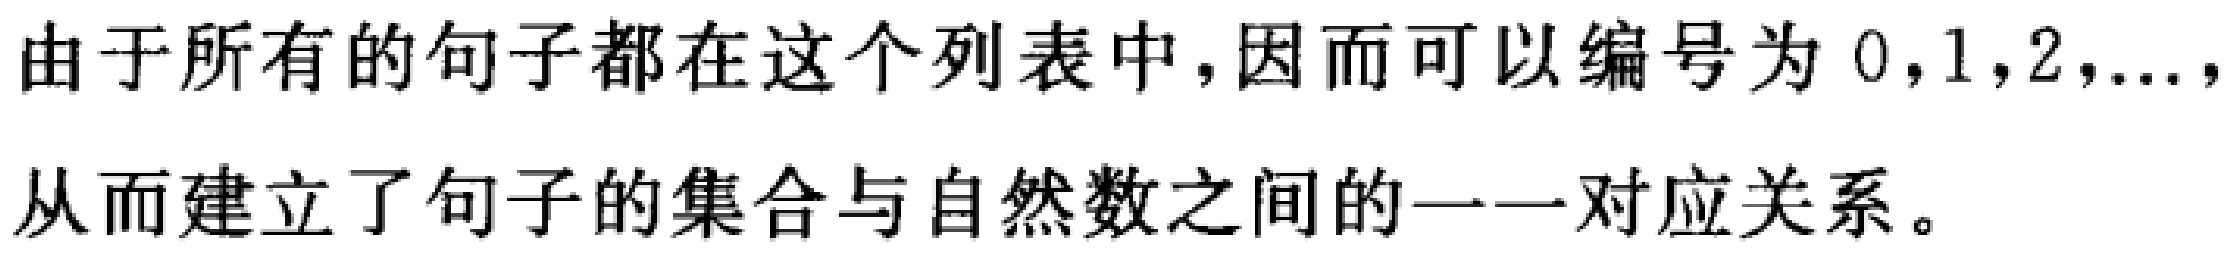
由于所有的句子都在这个列表中，因而可以编号为 \(0,1,2,\ldots\)，从而建立了句子的集合与自然数之间的一一对应关系。